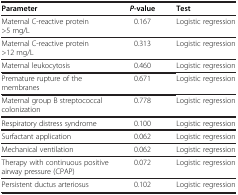
<table><thead><tr><td><b>Parameter</b></td><td><b><i>P</i>-value</b></td><td><b>Test</b></td></tr></thead><tbody><tr><td>Maternal C-reactive protein &gt;5 mg/L</td><td>0.167</td><td>Logistic regression</td></tr><tr><td>Maternal C-reactive protein &gt;12 mg/L</td><td>0.313</td><td>Logistic regression</td></tr><tr><td>Maternal leukocytosis</td><td>0.460</td><td>Logistic regression</td></tr><tr><td>Premature rupture of the membranes</td><td>0.671</td><td>Logistic regression</td></tr><tr><td>Maternal group B streptococcal colonization</td><td>0.778</td><td>Logistic regression</td></tr><tr><td>Respiratory distress syndrome</td><td>0.100</td><td>Logistic regression</td></tr><tr><td>Surfactant application</td><td>0.062</td><td>Logistic regression</td></tr><tr><td>Mechanical ventilation</td><td>0.062</td><td>Logistic regression</td></tr><tr><td>Therapy with continuous positive airway pressure (CPAP)</td><td>0.072</td><td>Logistic regression</td></tr><tr><td>Persistent ductus arteriosus</td><td>0.102</td><td>Logistic regression</td></tr></tbody></table>